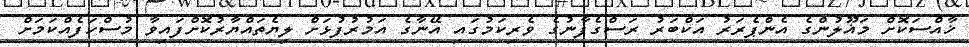
ޚާއްސަކޮށް މަޣޫލުންގެ އެންޕެރަރު އަކްބަރު ރަސްގެފާނުގެ ވެރިކަމުގައި އޭނާގެ އަމުރުފުޅަށް ލިޔެތައްޔާރުކޮށްފައިވާ މުސްހަފެއްކަމަށް